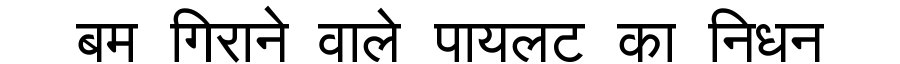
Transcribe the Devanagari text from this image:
बम गिराने वाले पायलट का निधन